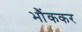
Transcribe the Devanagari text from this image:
भौंककर